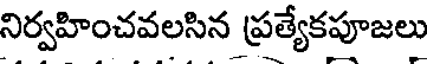
నిర్వహించవలసిన ప్రత్యేకపూజలు